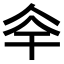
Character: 𠇨